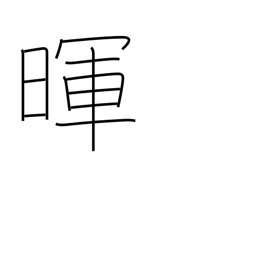
Meaning: light